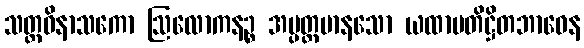
သတ္တဝိနာသကော ဩလောကနဉ္စ အပ္ပတ္တမာနသော ယထာပတိဋ္ဌိတဘာဝေန